Annual report on the working of the lock hospitals in the Central Provinces
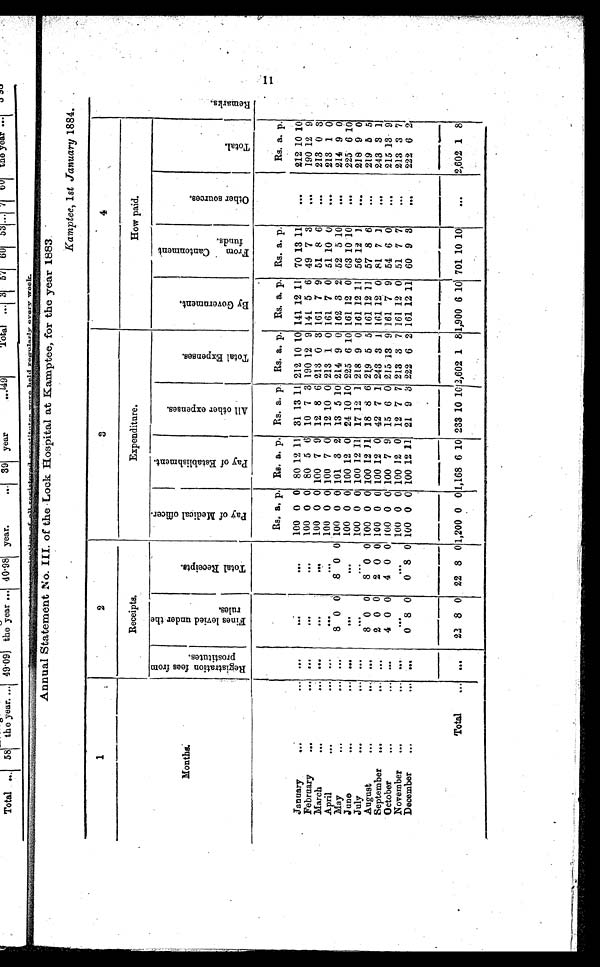
Annual Statement No. III. of the Lock Hospital at Kamptee, for the year 1883.
Kamptee, 1st January 1884.
1
2
3
4
Months.
Receipts.
Expenditure.
How paid.
R e g i s t r a t i o n f e e s f r o m p r o s t i t u t e s .
F i n e s l e v i e d u n d e r t h e r u l e s .
T o t a l R e c e i p t s .
Pay of Medical officer.
P a y o f E s t a b l i s h m e n t .
A l l o t h e r e x p e n s e s .
T o t a l E x p e n s e s .
B y G o v e r n m e n t .
F r o m C a n t o n m e n t f u n d s .
O t h e r s o u r c e s .
T o t a l .
R e m a r k s .
Rs. a p. Rs. a. p. Rs. a. p Rs. a. p. Rs. a. p. Rs. a. p.
Rs. a. p.
January
...
... •••
. . .
•••
100 0 0 80 12 11 31 13 1 1 212 10 10 141 12 11 70 13 11
...
212 10 10
February
...
••• •••
•••
.••
100 0 0 80 5 6 10 7 3 190 12 9 141 5 6 49 7 3
...
190 12 9
March
•••
... •••
. . .
. . .
100 0 0 100 7 9 12 8 6 213 0 3 161 7 9 51 8 6
...
213 0 3
April
..
••• •••
. . .
•••
100 0 0 100 7 0 12 10 0 213 1 0 161 7 0 51 10 0
...
213 1 0
May
. .. •••
8 0 6 8 0 0 100 0 0 101 3 2 13 5 10 214 9 0 162 3 2 52 5 10
...
214 9 0
J une
•••
••• •••
•••
•••
100 0 0 100 12 0 24 10 10 225 6 10 161 12 0 63 10 10
...
225 6 10
July
•••
••• •••
•••
•••
100 0 0 100 12 1 1 17 12 1 218 9 0 161 12 11 56 12 1
...
218 9 0
August
•••
••. •••
8 0 0
8 0 0 100 0 0 100 12 31 18 8 6 219 5 5 161 12 11 57 8 6
...
219 5 5
September ...
...
. . .
2 0 0
2 0 0 100 0 0 100 12 0 42 7 1 243 3 1 161 12 0 81 7 1
...
243 3 1
October
•••
••• •••
4 0 0 4 0 0 100 0 0 100 7 9 15 6 0 215 13 9 161 7 9 54 6 0
...
215 13 9
November
•••
•••
. . .
. . .
. . .
100 0 0 100 12 0 12 7 7 213 3 7 161 12 0 51 7 7
...
213 3 7
December
...
0 8 0 0 8 0 100 0 0 100 12 11 21 9 3 222 6 2 161 12 11 60 9 3
...
222 6 2
T o t a l . . .
. ...
22 8 0 22 8 0 1,200 0 0 1,168 6 10 233 10 12,602 1 8 1,900 6 10 701 10 10
...
2,602 1 8